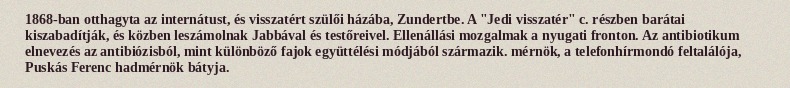
1868-ban otthagyta az internátust, és visszatért szülői házába, Zundertbe. A "Jedi visszatér" c. részben barátai kiszabadítják, és közben leszámolnak Jabbával és testőreivel. Ellenállási mozgalmak a nyugati fronton. Az antibiotikum elnevezés az antibiózisból, mint különböző fajok együttélési módjából származik. mérnök, a telefonhírmondó feltalálója, Puskás Ferenc hadmérnök bátyja.